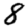
Digit: 8